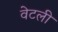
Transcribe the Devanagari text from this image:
वेटली